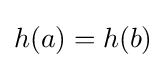
h(a)=h(b)